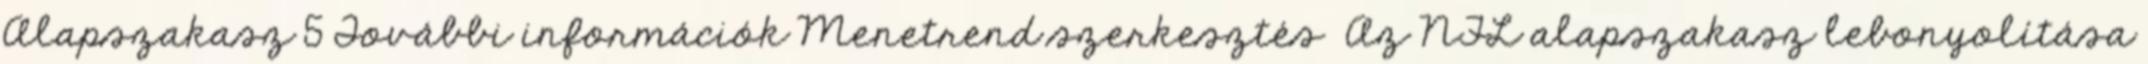
Alapszakasz 5 További információk Menetrend szerkesztés Az NFL alapszakasz lebonyolítása